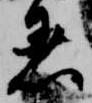
着